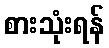
စားသုံးရန်